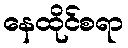
နေထိုင်စရာ